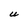
Character: U